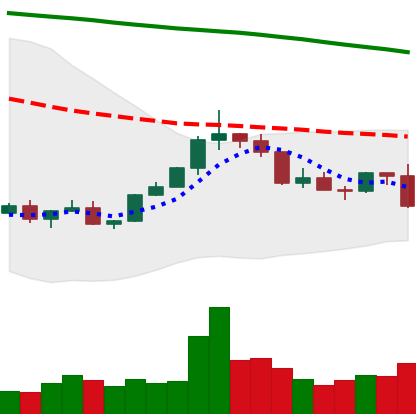
Ticker: XLM-USD
Chart end date: 2022-02-17
Forward return: -8.179%
Label: down_7plus